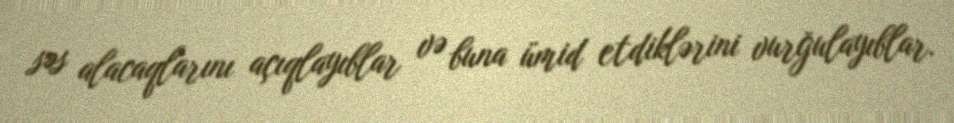
səs alacaqlarını açıqlayıblar və buna ümid etdiklərini vurğulayıblar.